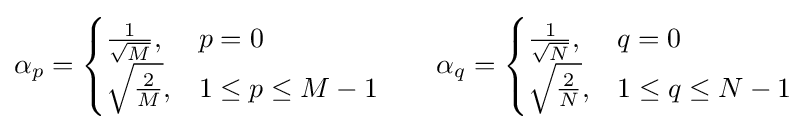
\alpha _{p}={\begin{cases}{\frac {1}{\sqrt {M}}},&p=0\\{\sqrt {\frac {2}{M}}},&1\leq p\leq M-1\end{cases}}\qquad \alpha _{q}={\begin{cases}{\frac {1}{\sqrt {N}}},&q=0\\{\sqrt {\frac {2}{N}}},&1\leq q\leq N-1\end{cases}}